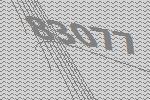
83077